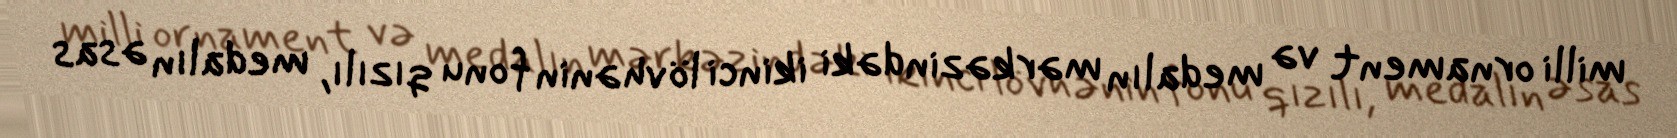
milli ornament və medalın mərkəzindəki ikinci lövhənin fonu qızılı, medalın əsas